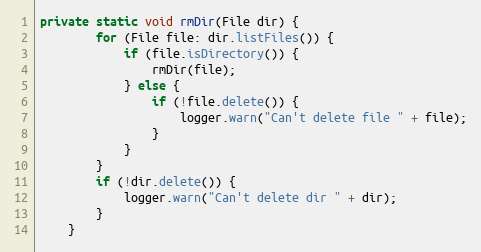
Language: Java
private static void rmDir(File dir) {
        for (File file: dir.listFiles()) {
            if (file.isDirectory()) {
                rmDir(file);
            } else {
                if (!file.delete()) {
                    logger.warn("Can't delete file " + file);
                }
            }
        }
        if (!dir.delete()) {
            logger.warn("Can't delete dir " + dir);
        }
    }